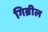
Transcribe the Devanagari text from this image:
गिब्रील